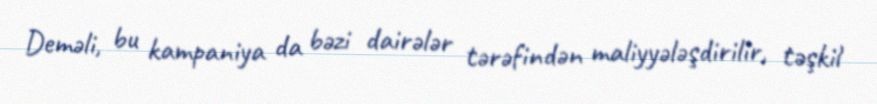
Deməli, bu kampaniya da bəzi dairələr tərəfindən maliyyələşdirilir, təşkil